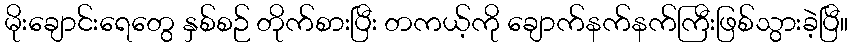
မိုးချောင်းရေတွေ နှစ်စဉ် တိုက်စားပြီး တကယ့်ကို ချောက်နက်နက်ကြီးဖြစ်သွားခဲ့ပြီ။